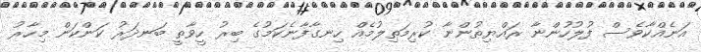
އަނެއްކާވެސް ފުލުހުންނާ ރައްޔިތުންނާ ކުރިމަތިލުމެއް ހިނގާފާނެކަމުގެ ބިރު ހީވާތީ ބަނދަރު ކަންކަން މިހާރު